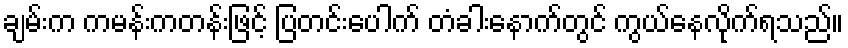
ချမ်းက ကမန်းကတန်းဖြင့် ပြတင်းပေါက် တံခါးနောက်တွင် ကွယ်နေလိုက်ရသည်။